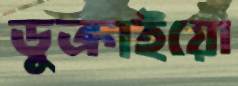
ডুক্‌রাইয়ো